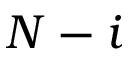
N - i